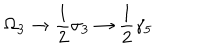
\Omega _ { 3 } \rightarrow \frac { 1 } { 2 } \sigma _ { 3 } \rightarrow \frac { 1 } { 2 } \gamma _ { 5 }